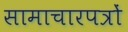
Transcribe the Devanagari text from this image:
सामाचारपत्रों